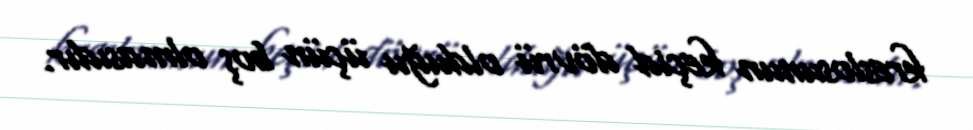
kreslosunun keçid dövrü olduğu üçün boş olmasıdır.